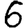
Digit: 6